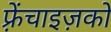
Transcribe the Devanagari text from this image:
फ़्रेंचाइज़को